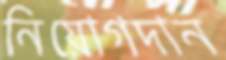
নিয়োগদান